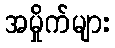
အမှိုက်များ